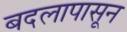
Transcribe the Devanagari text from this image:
बदलापासून